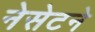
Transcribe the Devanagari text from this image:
नेसेटने